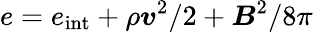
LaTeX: e=e_{\mathrm{int}}+\rho\boldsymbol{v}^{2}/2+\boldsymbol{B}^{2}/8\pi